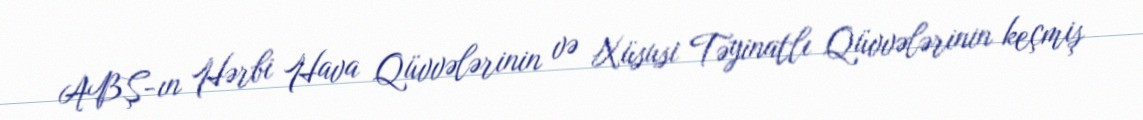
ABŞ-ın Hərbi Hava Qüvvələrinin və Xüsusi Təyinatlı Qüvvələrinin keçmiş